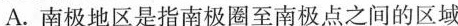
A. 南极地区是指南极圈至南极点之间的区域